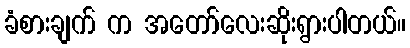
ခံစားချက် က အတော်လေးဆိုးရွားပါတယ်။